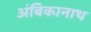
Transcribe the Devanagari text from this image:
अंबिकानाथ